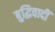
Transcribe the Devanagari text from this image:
बुद्धिवादीं